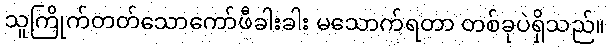
သူကြိုက်တတ်သောကော်ဖီခါးခါး မသောက်ရတာ တစ်ခုပဲရှိသည်။